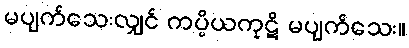
မပျက်သေးလျှင် ကပ္ပိယကုဋိ မပျက်သေး။